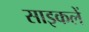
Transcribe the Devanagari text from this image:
साइकलें